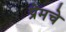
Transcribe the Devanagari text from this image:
प्रेमचे